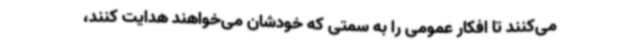
می‌کنند تا افکار عمومی را به سمتی که خودشان می‌خواهند هدایت کنند،